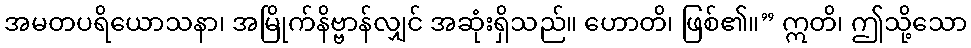
အမတပရိယောသနာ၊ အမြိုက်နိဗ္ဗာန်လျှင် အဆုံးရှိသည်။ ဟောတိ၊ ဖြစ်၏။” ဣတိ၊ ဤသို့သော